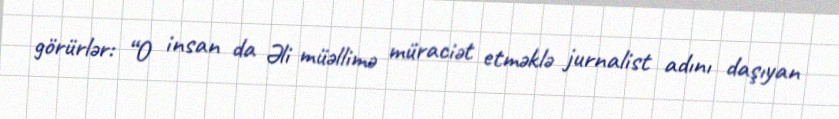
görürlər: “O insan da Əli müəllimə müraciət etməklə jurnalist adını daşıyan